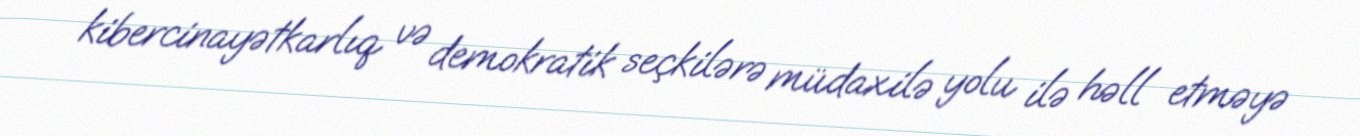
kibercinayətkarlıq və demokratik seçkilərə müdaxilə yolu ilə həll etməyə